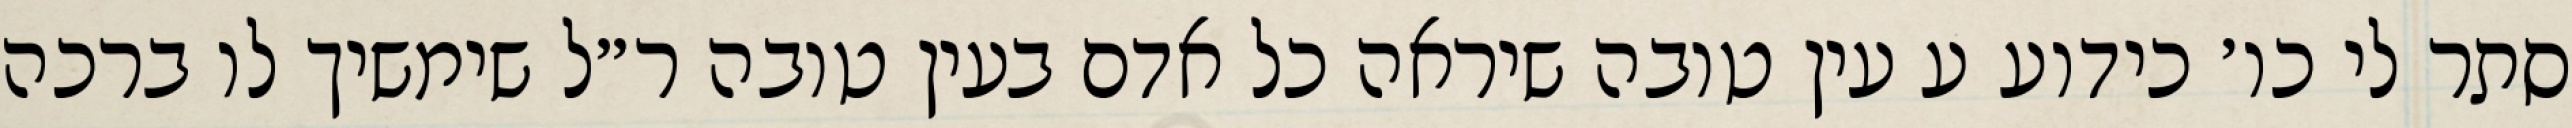
סתר לי כו׳ כידוע ע עין טובה שיראה כל אדם בעין טובה ר״ל שימשיך לו ברכה